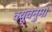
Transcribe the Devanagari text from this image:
क्यूबनुमा